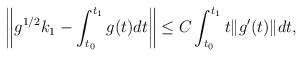
\begin{align*} \left\| g^{1/2}k_1 - \int_{t_0}^{t_1} g(t)dt \right\| \leq C \int_{t_0}^{t_1} t \|g'(t)\| dt, \end{align*}